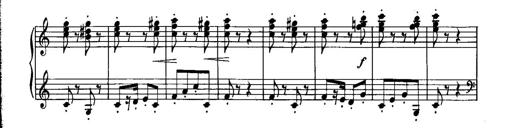
Title: Piano Sonatina No.1, Op.146
Composer: Stephen Heller